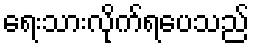
ရေးသားလိုက်ရပေသည်